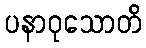
ပနာဝုသောတိ